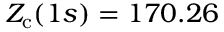
Z _ { \mathrm { c } } ( 1 s ) = 1 7 0 . 2 6